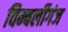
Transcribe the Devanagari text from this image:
विम्बर्लीगंज